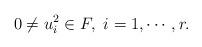
LaTeX: \begin{align*}0\neq u_i^2\in F,\ i=1,\cdots,r.\end{align*}